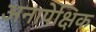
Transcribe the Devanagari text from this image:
अनापेक्षिक